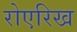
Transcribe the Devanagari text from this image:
रोएरिख